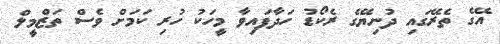
އޭގެ ތެރޭގައި ދުނިޔޭގެ ރެކޯޑު ހަދާފައިވާ މީހަކު ހުރި ކަމަށް ވެސް ތަޒްމީލް